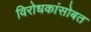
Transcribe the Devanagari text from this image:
विरोधकांसोबत